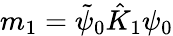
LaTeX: m_{1}=\tilde{\psi}_{0}\hat{K}_{1}\psi_{0}